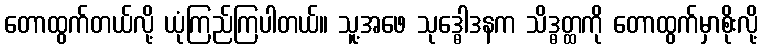
တောထွက်တယ်လို့ ယုံကြည်ကြပါတယ်။ သူ့အဖေ သုဒ္ဓေါဒနက သိဒ္ဓတ္ထကို တောထွက်မှာစိုးလို့